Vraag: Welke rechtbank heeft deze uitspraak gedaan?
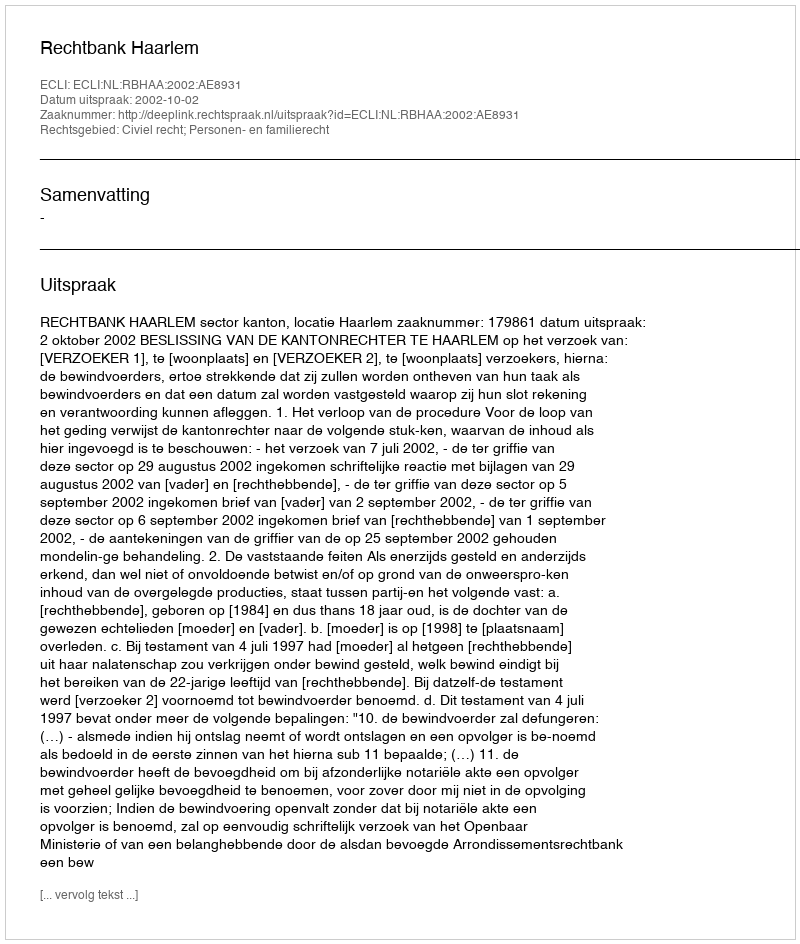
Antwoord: Rechtbank Haarlem